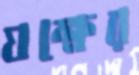
যক্ষের